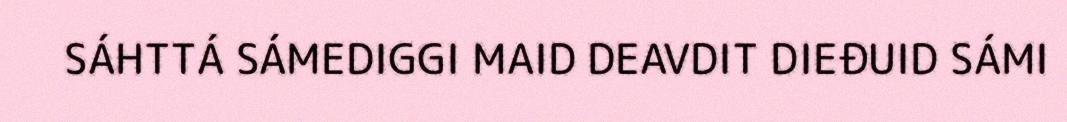
SÁHTTÁ SÁMEDIGGI MAID DEAVDIT DIEĐUID SÁMI